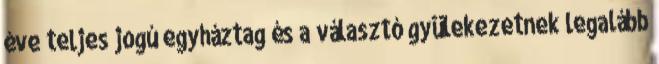
éve teljes jogú egyháztag és a választó gyülekezetnek legalább